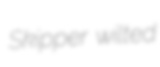
Skipper wilted